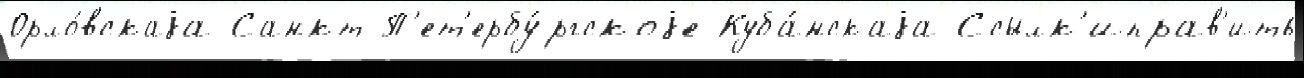
Орло́вскаjа Санкт-П'ет'ербу́ргскоjе Куба́нскаjа Ссылк'иправ'ить